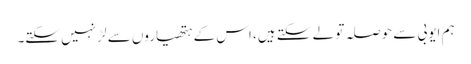
ہم ایوبی سے حوصلہ تو لے سکتے ہیں، اس کے ہتھیاروں سے لڑ نہیں سکتے۔